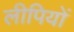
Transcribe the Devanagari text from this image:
लीपियों